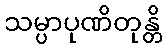
သမ္ပာပုဏိတုန္တိ